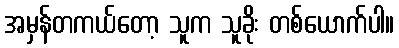
အမှန်တကယ်တော့ သူက သူခိုး တစ်ယောက်ပါ။